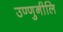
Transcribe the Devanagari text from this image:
उण्णुनीलि